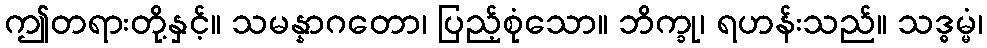
ဤတရားတို့နှင့်။ သမန္နာဂတော၊ ပြည့်စုံသော။ ဘိက္ခု၊ ရဟန်းသည်။ သဒ္ဓမ္မံ၊